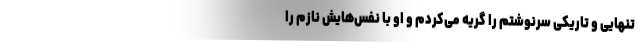
تنهایی و تاریکی سرنوشتم را گریه می‌کردم و او با نفس‌هایش نازم را